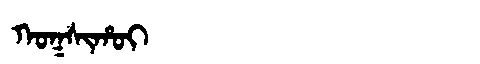
Manchu: ᡴᠣᡴᠰᡳᡥᠣᡳ
Romanization: KOKSIHOI